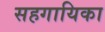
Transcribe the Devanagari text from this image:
सहगायिका